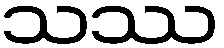
သဿ